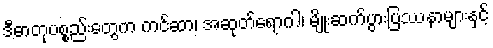
ဒီဓာတုပစ္စည်းတွေက ကင်ဆာ၊ အဆုတ်ရောဂါ၊ မျိုးဆက်ပွားပြဿနာများနှင့်